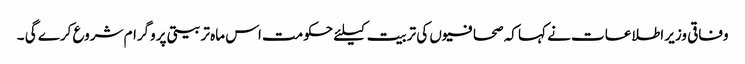
وفاقی وزیر اطلاعات نے کہا کہ صحافیوں کی تربیت کیلئے حکومت اس ماہ تربیتی پروگرام شروع کرے گی ۔